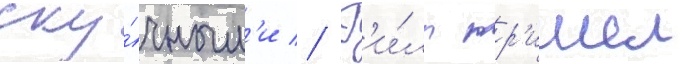
ску́чным'и // Г'и́лл пр'ишел